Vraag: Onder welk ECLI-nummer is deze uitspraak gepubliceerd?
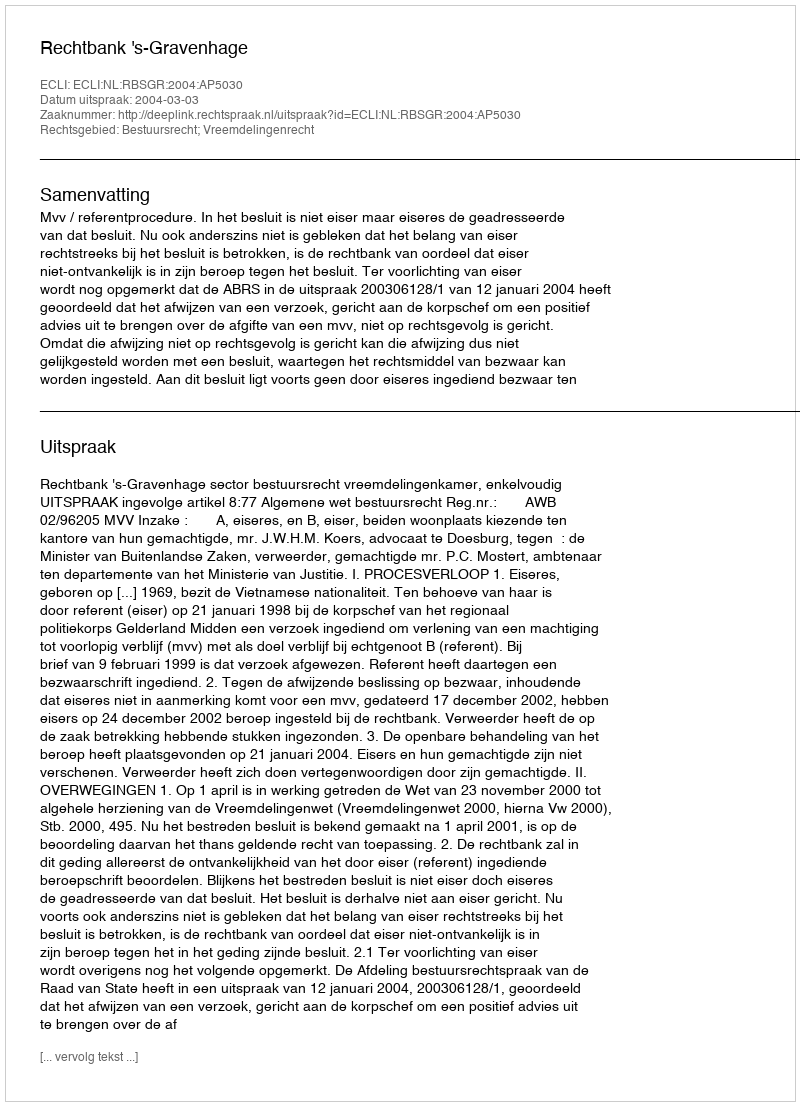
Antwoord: ECLI:NL:RBSGR:2004:AP5030